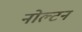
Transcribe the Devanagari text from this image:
नोल्टन